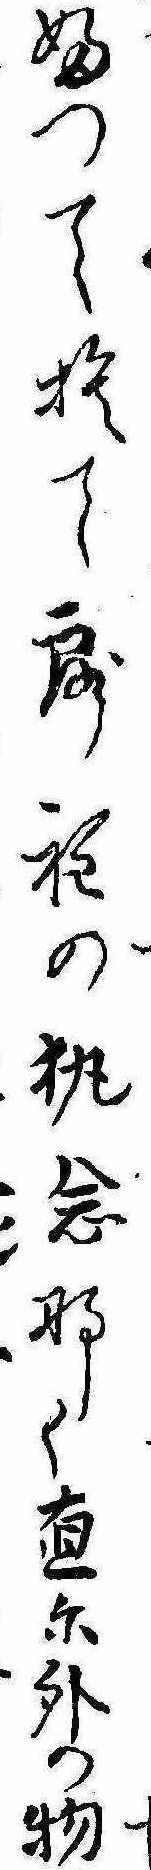
ふつて捨て露程の執念なく直に外の物